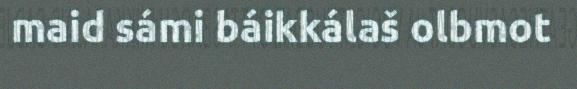
maid sámi báikkálaš olbmot